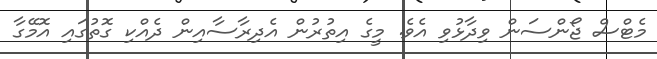
މެޓްސް ޖޯންސަން ވިދާޅުވި އެވެ. މީގެ އިތުރުން އެދިރާސާއިން ދެއްކި ގޮތުގައި އޮމޭގާ